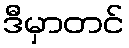
ဒီမှာတင်